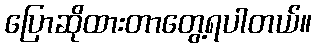
ပြောဆိုထားတာတွေ့ရပါတယ်။